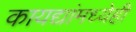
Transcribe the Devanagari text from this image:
कायद्यांमध्येही